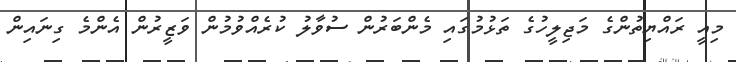
މިއީ ރައްޔިތުންގެ މަޖިލީހުގެ ތަޅުމުގައި މެންބަރުން ސުވާލު ކުރެއްވުމުން ވަޒީރުން އެންމެ ގިނައިން